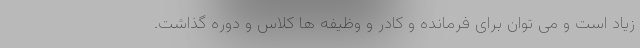
زیاد است و می توان برای فرمانده و کادر و وظیفه ها کلاس و دوره گذاشت.